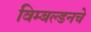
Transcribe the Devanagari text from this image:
विम्बल्डनचे